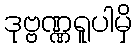
ဒုဗ္ဗဏ္ဏရူပါမှိ